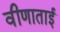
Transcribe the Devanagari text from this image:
वीणाताई